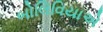
બોલિવિયાએ